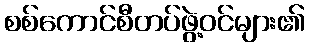
စစ်ကောင်စီတပ်ဖွဲ့ဝင်များ၏